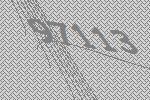
97113